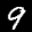
Label: 9